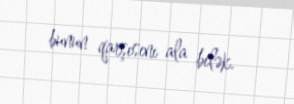
bunun qarşısını ala bilək.